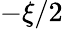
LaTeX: -\xi/2